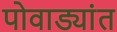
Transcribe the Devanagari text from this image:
पोवाड्यांत